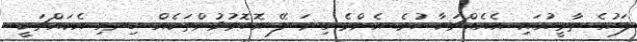
ފަހުގެ ތާރީހުގައި އެއެއްޗަކާ ހުރެ އެންމެ ގިނަ ލޭ އޮހޮރުވުންތަކެއް ހިނގި އެކައްޗަކީ